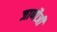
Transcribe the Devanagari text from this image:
जाणौजी